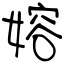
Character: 嫆